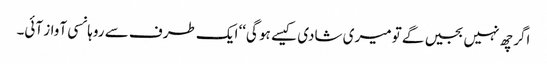
اگر چھ نہیں بجیں گے تو میری شادی کیسے ہو گی‘‘ ایک طرف سے روہانسی آواز آئی۔